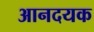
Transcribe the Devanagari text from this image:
आनदयक